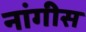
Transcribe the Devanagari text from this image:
नांगीस